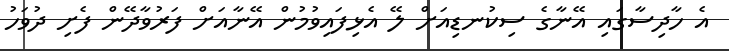
އެ ހާދިސާގައި އޭނާގެ ސިކުނޑިއަށް ލޭ އެޅިފައިވުމުން އޭނާއަށް ފަރުވާދޭން ފެށި ދުވަހު